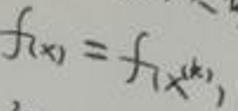
\[f_{(x)} = f_{(x^{(k)})}\]